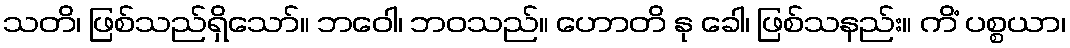
သတိ၊ ဖြစ်သည်ရှိသော်။ ဘဝေါ၊ ဘဝသည်။ ဟောတိ နု ခေါ၊ ဖြစ်သနည်း။ ကိံ ပစ္စယာ၊